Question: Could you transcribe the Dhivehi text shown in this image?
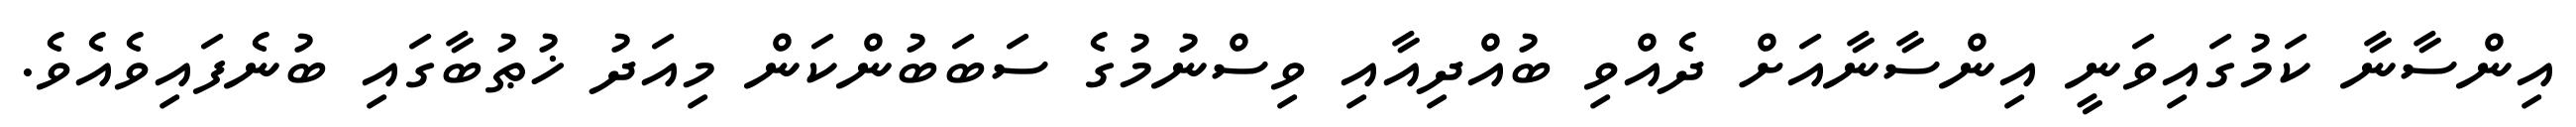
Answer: އިންސާނާ ކަމުގައިވަނީ އިންސާނާއަށް ދެއްވި ބުއްދިއާއި ވިސްނުމުގެ ސަބަބުންކަން މިއަދު ޚުޠުބާގައި ބުނެފައިވެއެވެ.